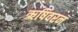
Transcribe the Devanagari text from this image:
ऋषिवरन